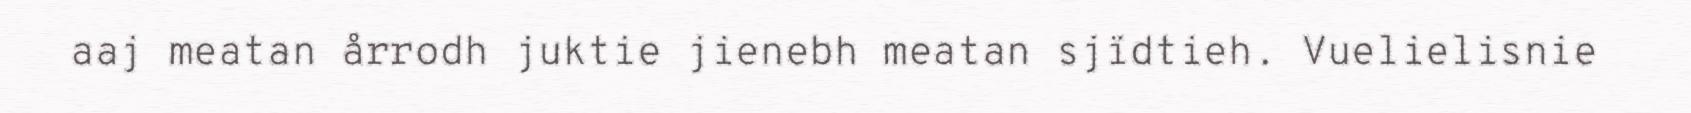
aaj meatan årrodh juktie jienebh meatan sjïdtieh. Vuelielisnie